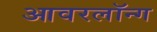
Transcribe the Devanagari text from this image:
आवरलॉन्ग